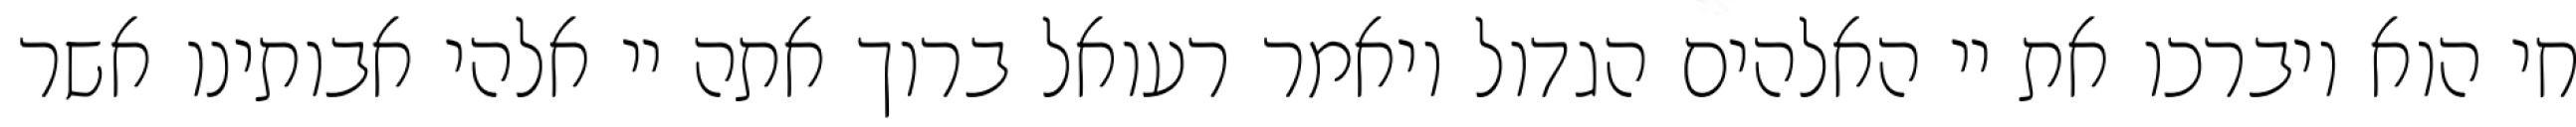
חי הוא ויברכו את יי האלהים הגדול ויאמר רעואל ברוך אתה יי אלהי אבותינו אשר